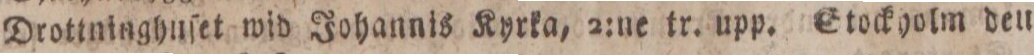
Drotininghnſet wid Johannis Kyrka, 2:ne tr. upp. Stockholm den